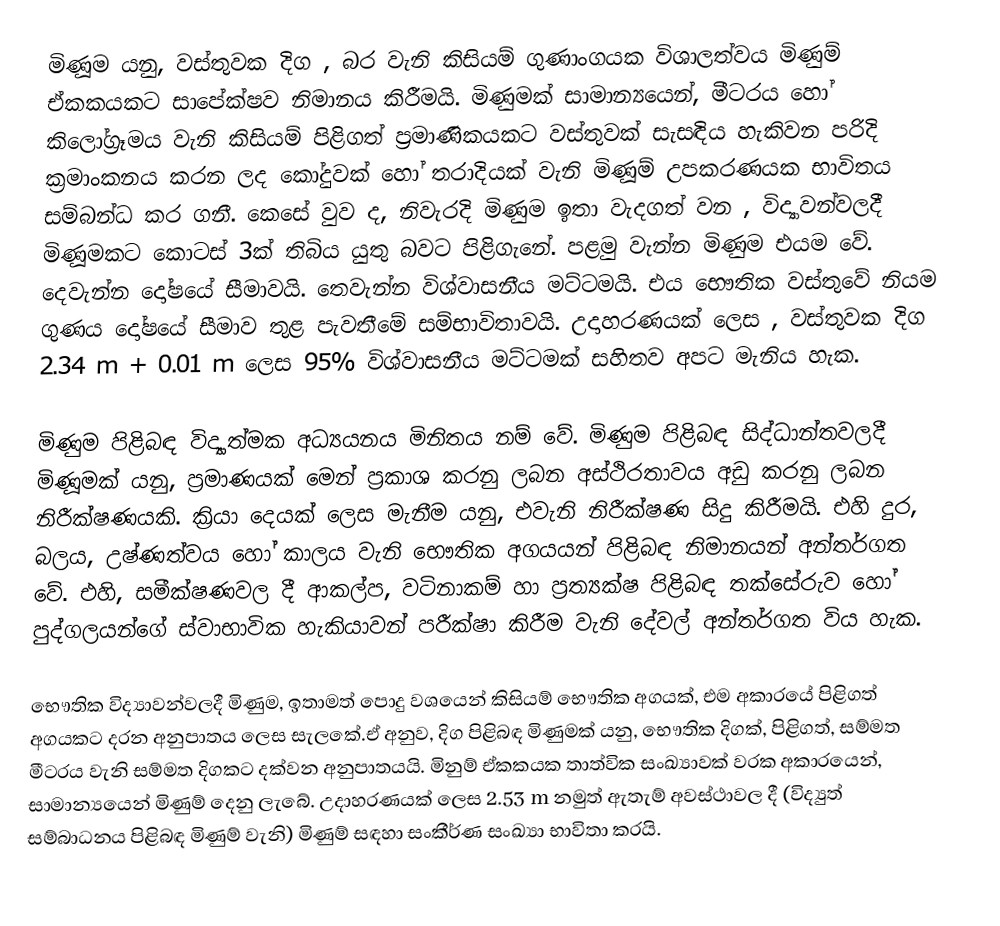
මිණූම යනු, වස්තුවක දිග , බර වැනි කිසියම් ගුණාංගයක විශාලත්වය මිණුම් ඒකකයකට සාපේක්ෂව නිමානය කිරීමයි. මිණුමක් සාමාන්‍යයෙන්, මීටරය හෝ කිලෝග්‍රෑමය වැනි කිසියම් පිළිගත් ප්‍රමාණිකයකට වස්තුවක් සැසඳිය හැකිවන පරිදි ක්‍රමාංකනය කරන ලද කෝදුවක් හෝ තරාදියක් වැනි මිණූම් උපකරණයක භාවිතය සම්බන්ධ කර ගනී. කෙසේ වුව ද, නිවැරදි මිණුම ඉතා වැදගත් වන , විද්‍යාවන්වලදී මිණූමකට කොටස් 3ක් තිබිය යුතු බවට පිළිගැනේ. පළමු වැන්න මිණුම එයම වේ. දෙවැන්න දෝෂයේ සීමාවයි. තෙවැන්න විශ්වාසනීය මට්ටමයි. එය භෞතික වස්තුවේ නියම ගුණය දෝෂයේ සීමාව තුළ පැවතීමේ සම්භාවිතාවයි. උදාහරණයක් ලෙස , වස්තුවක දිග 2.34 m +  0.01 m ලෙස 95% විශ්වාසනීය මට්ටමක් සහිතව අපට මැනිය හැක.

මිණුම පිළිබඳ විද්‍යාත්මක අධ්‍යයනය මිනිතය නම් වේ. මිණුම පිළිබඳ සිද්ධාන්තවලදී මිණූමක් යනු, ප්‍රමාණයක් මෙන් ප්‍රකාශ කරනු ලබන අස්ථිරතාවය අඩු කරනු ලබන නිරීක්ෂණයකි. ක්‍රියා දෙයක් ලෙස මැනීම යනු, එවැනි නිරීක්ෂණ සිදු කිරීමයි. එහි දුර, බලය, උෂ්ණත්වය හෝ කාලය වැනි භෞතික අගයයන් පිළිබඳ නිමානයන් අන්තර්ගත වේ. එහි, සමීක්ෂණවල දී ආකල්ප, වටිනාකම් හා ප්‍රත්‍යක්ෂ පිළිබඳ තක්සේරුව හෝ පුද්ගලයන‍්ගේ ස්වාභාවික හැකියාවන් පරීක්ෂා කිරීම වැනි දේවල්  අන්තර්ගත විය හැක.

භෞතික විද්‍යාවන්වලදී මිණුම, ඉතාමත් පොදු වශයෙන් කිසියම්‍ භෞතික අගයක්, එම අකාරයේ පිළිගත් අගයකට දරන අනුපාතය ලෙස සැලකේ.ඒ අනුව, දිග පිළිබඳ මිණුමක් යනු, භෞතික දිගක්, පිළිගත්, සම්මත මීටරය වැනි සම්මත දිගකට දක්වන අනුපාතයයි. මිනුම් ඒකකයක තාත්වික සංඛ්‍යාවක් වරක අකාරයෙන්, සාමාන්‍යයෙන් මිණුම් දෙනු ලැ‍බේ. උදාහරණයක් ලෙස 2.53 m නමුත් ඇතැම් අවස්ථාවල දී (විද්‍යුත් සම්බාධනය පිළිබඳ මිණුම් වැනි) මිණුම් සඳහා සංකීර්ණ සංඛ්‍යා භාවිතා කරයි.